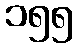
၁၅၅